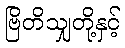
ဗြိတိသျှတို့နှင့်